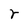
Character: r